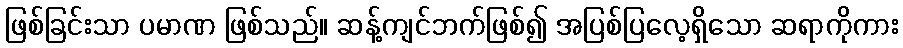
ဖြစ်ခြင်းသာ ပမာဏ ဖြစ်သည်။ ဆန့်ကျင်ဘက်ဖြစ်၍ အပြစ်ပြလေ့ရှိသော ဆရာကိုကား